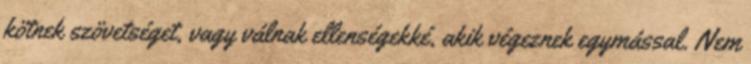
kötnek szövetséget, vagy válnak ellenségekké, akik végeznek egymással. Nem